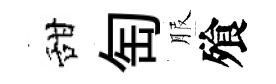
甜匋服飱